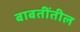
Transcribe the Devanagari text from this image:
बाबतींतील